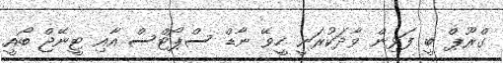
ގްރޫޕް ބީ ފަޅިން ވާދަކުރަނީ ހީވޭ ނާޑް ސްޕޯޓްސް އާއި ޓީނޭޖް ބޯއީ